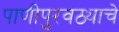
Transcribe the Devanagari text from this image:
पाणीपुरवठ्याचे